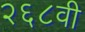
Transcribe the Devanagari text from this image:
२६८वी